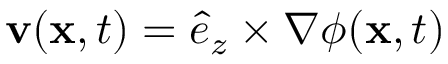
\mathbf { v } ( \mathbf { x } , t ) = \hat { e } _ { z } \times \nabla \phi ( \mathbf { x } , t )